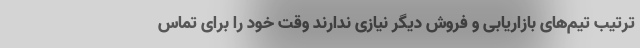
ترتیب تیم‌های بازاریابی و فروش دیگر نیازی ندارند وقت خود را برای تماس